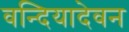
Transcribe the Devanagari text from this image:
वन्दियादेवन